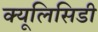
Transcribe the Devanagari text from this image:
क्यूलिसिडी